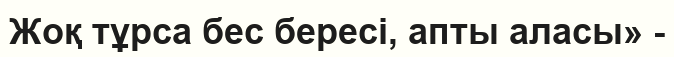
Жоқ тұрса бес бересі, апты аласы» -